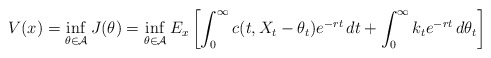
\begin{align*}V(x)=\inf_{\theta \in\mathcal{A}}J(\theta) = \inf_{\theta \in\mathcal{A}}E_x\left[\int_{0}^{\infty}c(t,X_t-\theta_t)e^{-rt}\,dt+\int_{0}^{\infty}k_{t}e^{-rt}\,d\theta_{t}\right] \end{align*}